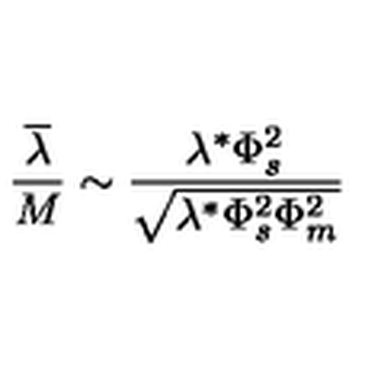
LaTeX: \frac { \overline { \lambda } } { M } \sim \frac { \lambda ^ { * } \Phi _ { s } ^ { 2 } } { \sqrt { \lambda ^ { * } \Phi _ { s } ^ { 2 } \Phi _ { m } ^ { 2 } } }